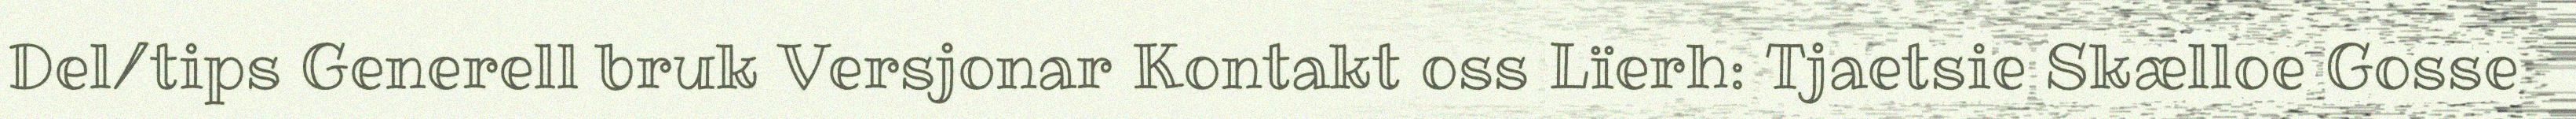
Del/tips Generell bruk Versjonar Kontakt oss Lïerh: Tjaetsie Skælloe Gosse